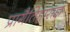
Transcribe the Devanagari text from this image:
प्रागैतिहासज्ञ